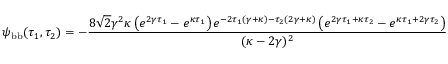
\psi _ { \mathrm { b b } } ( \tau _ { 1 } , \tau _ { 2 } ) = - \frac { 8 \sqrt { 2 } \gamma ^ { 2 } \kappa \left( e ^ { 2 \gamma \tau _ { 1 } } - e ^ { \kappa \tau _ { 1 } } \right) e ^ { - 2 \tau _ { 1 } ( \gamma + \kappa ) - \tau _ { 2 } ( 2 \gamma + \kappa ) } \left( e ^ { 2 \gamma \tau _ { 1 } + \kappa \tau _ { 2 } } - e ^ { \kappa \tau _ { 1 } + 2 \gamma \tau _ { 2 } } \right) } { ( \kappa - 2 \gamma ) ^ { 2 } }